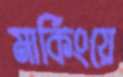
মার্কিংয়ে